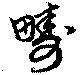
疇